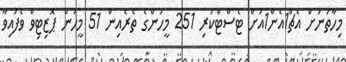
މިހާތަނަށް އެޗް1އެން1އަށް ޓެސްޓްކުރި 251 މީހުންގެ ތެރެއިން 51 މީހުން ޕޮޒިޓިވް ވެފައިވާ